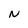
Character: N